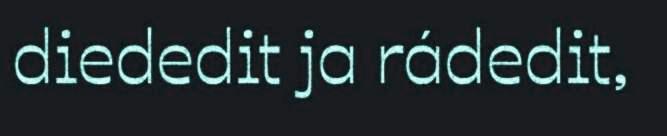
diededit ja rádedit,